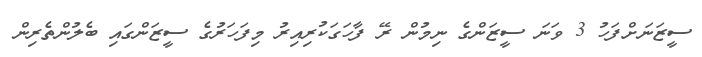
ސީޒަނަށްފަހު 3 ވަނަ ސީޒަންގެ ނިމުން ރޭ ފާހަގަކުރިއިރު މިފަހަރުގެ ސީޒަންގައި ބެލުންތެރިން